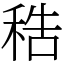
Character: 𥞴